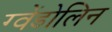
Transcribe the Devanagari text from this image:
ग्वेंडोलिन